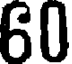
60